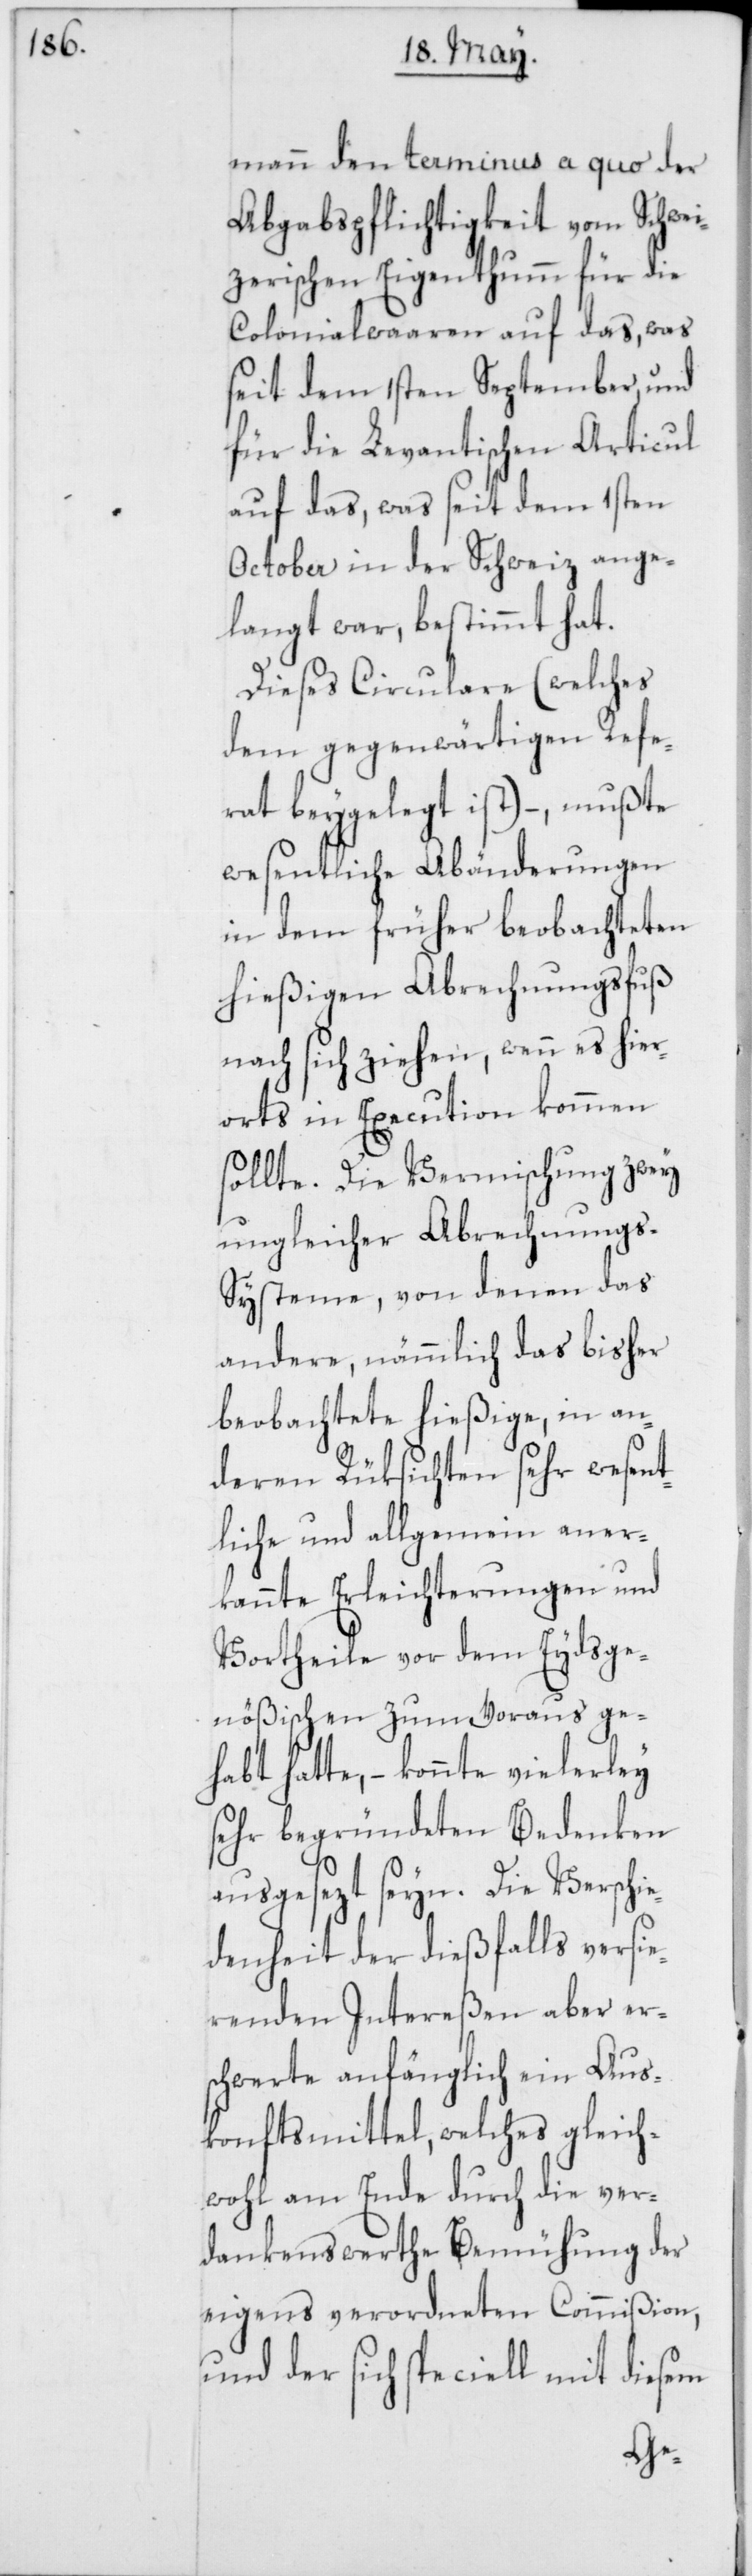
mann den terminus a quo der
Abgabspflichtigkeit vom Schwei¬
zerischen Eigenthumm für die
Colonialwaaren auf das, was
seit dem 1sten September, und
für die Levantischen Articul
auf das, was seit dem 1sten
October in der Schweiz ange¬
langt war, bestimmt hat.
Dieses Circulare (welches
dem gegenwärtigen Refe¬
rat beygelegt ist) – , mußte
wesentliche Abänderungen
in dem früher beobachteten
hießigen Abrechnungsfuß
nach sich ziehen, wenn es hier¬
orts in Execution kommen
sollte. Die Vermischung zwey
ungleicher Abrechnungs-S¬
ysteme, von denen das
andere, nämmlich das bisher
beobachtete hießige, in an¬
deren Rüksichten sehr wesen¬
tliche und allgemein aner¬
kannte Erleichterungen und
Vortheile vor dem Eydsge¬
nößischen zum Voraus ge¬
habt hatte, – konnte vielerley
sehr begründeten Bedenken
ausgesezt seyn. Die Verschi¬
edenheit der dießfalls versie¬
renden Intereßen aber er¬
schwerte anfänglich ein Aus¬
konftsmittel, welches gleich¬
wohl am Ende durch die ver¬
dankenswerthe Bemühung der
eigens verordneten Commißion,
und der sich speciell mit diesem